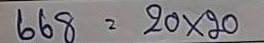
668 = 20 x 20